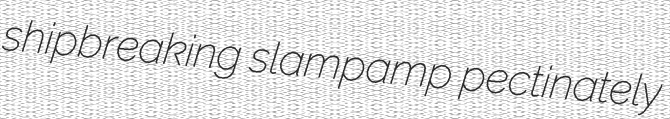
shipbreaking slampamp pectinately